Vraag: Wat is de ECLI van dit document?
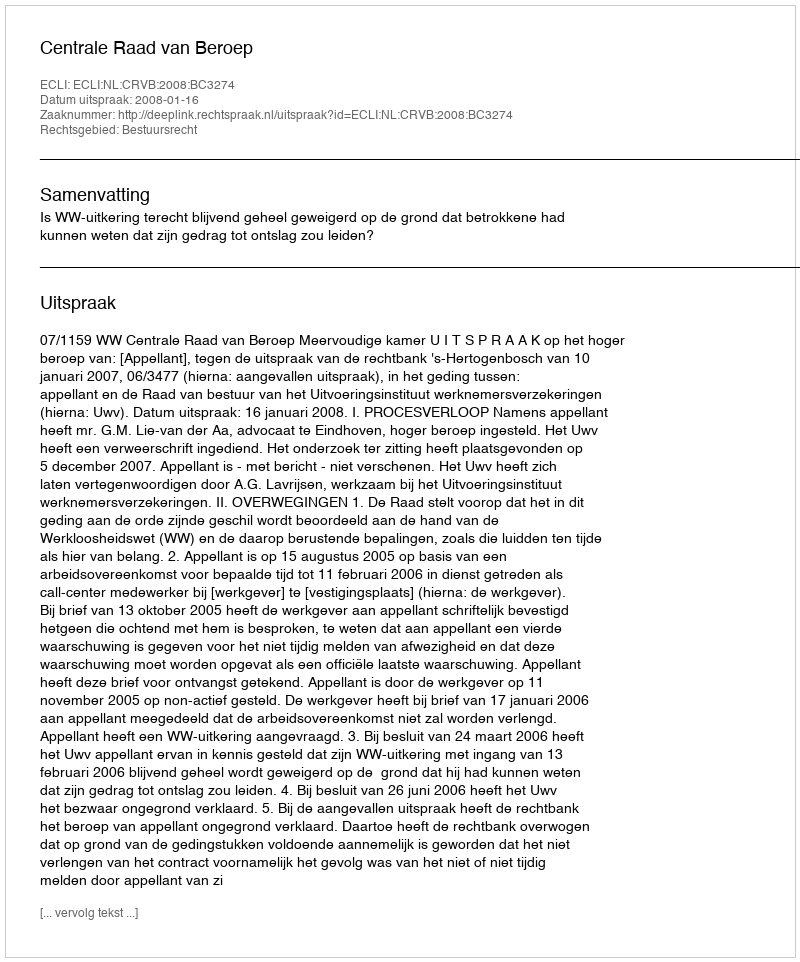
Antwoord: ECLI:NL:CRVB:2008:BC3274